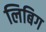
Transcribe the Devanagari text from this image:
लिबिग